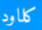
كلاود